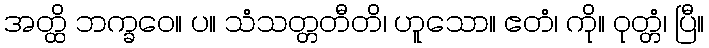
အတ္ထိ ဘက္ခဝေ။ ပ။ သံသတ္တတီတိ၊ ဟူသော။ ဧတံ၊ ကို။ ဝုတ္တံ၊ ပြီ။